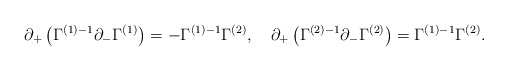
\begin{align*}\partial_+ \left( \Gamma^{(1)-1} \partial_- \Gamma^{(1)} \right) = - \Gamma^{(1)-1} \Gamma^{(2)}, \quad\partial_+ \left( \Gamma^{(2)-1} \partial_- \Gamma^{(2)} \right) = \Gamma^{(1)-1} \Gamma^{(2)}.\end{align*}